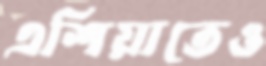
এশিয়াতেও